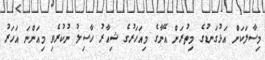
މިސާލަކަށް އަޅުގަނޑުގެ މިތުރަށް އޭނާގެ މިއަހަރުގެ ޝިއާރު ހާސިލު ނުކުރެވި މިއަންނަ އަހަރު